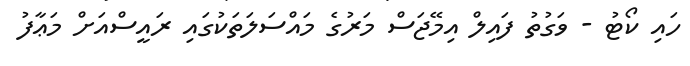
ހައި ކޯޓު - ވަގުތު ފައިލް އިމޭޖަސް މަރުގެ މައްސަލަތަކުގައި ރައީސްއަށް މަޢާފު